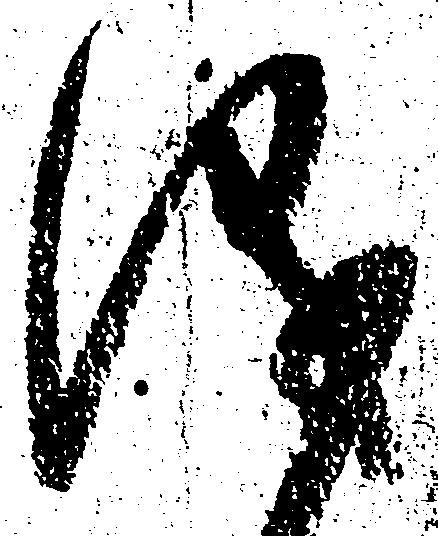
儀